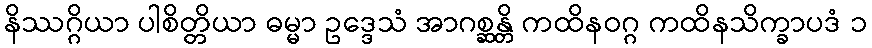
နိဿဂ္ဂိယာ ပါစိတ္တိယာ ဓမ္မာ ဥဒ္ဒေသံ အာဂစ္ဆန္တိ ကထိနဝဂ္ဂ ကထိနသိက္ခာပဒံ ၁